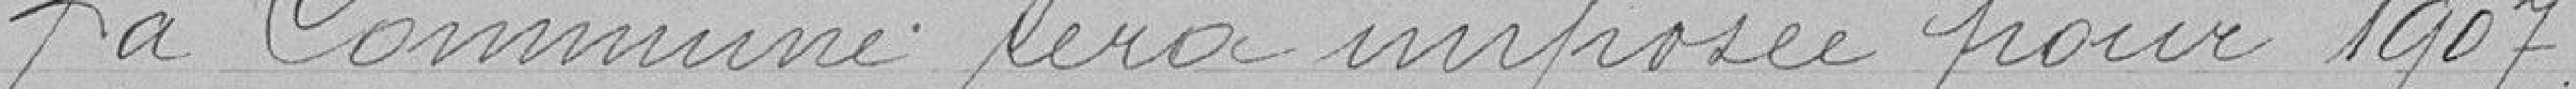
La Commune sera imposée pour 1907